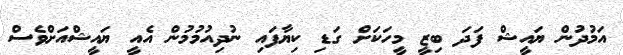
އަމުދުން ޔައީޝް ފަދަ ބިޒީ މީހަކަށް ގަޑި ކިޔާފައި ނުދިއުމުމުން އެއީ ޔައީޝްއަށްވެސް